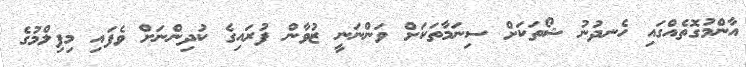
އާންމުގޮތެއްގައި ހެނދުނު ޝޯތަކަށް ސިނަމާތަކަށް ވަންނަނީ ޒުވާން ފުރައިގެ ކުދިންނަށް ވެފައި މިފިލްމުގެ